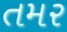
તમર